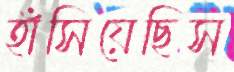
হাঁসিয়েছিস